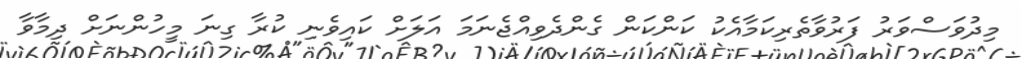
މިދުވަސްވަރު ފަރުވާތެރިކަމާއެކު ކަންކަން ގެންދެވިއްޖެނަމަ އަލަށް ކައިވެނި ކުރާ ގިނަ މީހުންނަށް ދިމާވާ